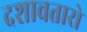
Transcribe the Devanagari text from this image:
दशावतारो